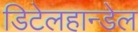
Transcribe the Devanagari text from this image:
डिटेलहान्डेल